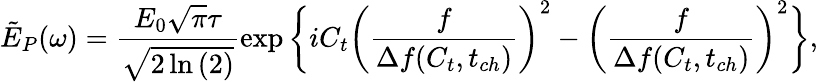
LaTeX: \tilde{E}_{P}(\omega)=\frac{E_{0}\sqrt{\pi}\tau}{\sqrt{2\ln{(2)}}}\exp{\biggl\{ iC_{t}\left(\frac{f}{\Delta f(C_{t},t_{ch})}\right)^{2}-\left(\frac{f}{\Delta f(C_{t},t_{ch})}\right)^{2}\biggr\} },